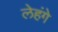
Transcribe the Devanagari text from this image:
लेहंगे